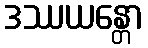
ဒဿယန္တော